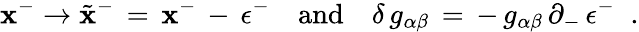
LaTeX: \mathbf{x}^{-}\rightarrow\tilde{{\mathbf{x}}}^{-}\, =\, \mathbf{x}^{-}\, -\, \epsilon^{-}\quad\mathrm{{and}}\quad\delta\, g_{\alpha\beta}\, =\, -\, g_{\alpha\beta}\, \partial_{-}\, \epsilon^{-}\; \; .